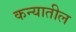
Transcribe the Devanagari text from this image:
कन्यातील